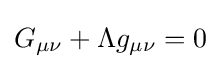
G_{\mu \nu }+\Lambda g_{\mu \nu }=0